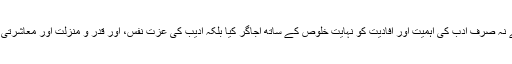
ایک نکتہ طراز نقاد کی حیثیت سے انھوں نے نہ صرف ادب کی اہمیت اور افادیت کو نہایت خلوص کے ساتھ اجاگر کیا بلکہ ادیب کی عزت نفس، اور قدر و منزلت اور معاشرتی حیثیت کو تسلیم کرنے کی جانب توجہ دلائی۔